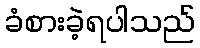
ခံစားခဲ့ရပါသည်